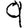
Digit: 9